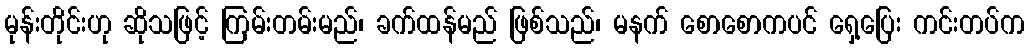
မုန်းတိုင်းဟု ဆိုသဖြင့် ကြမ်းတမ်းမည်၊ ခက်ထန်မည် ဖြစ်သည်၊ မနက် စောစောကပင် ရှေ့ပြေး ကင်းတပ်က